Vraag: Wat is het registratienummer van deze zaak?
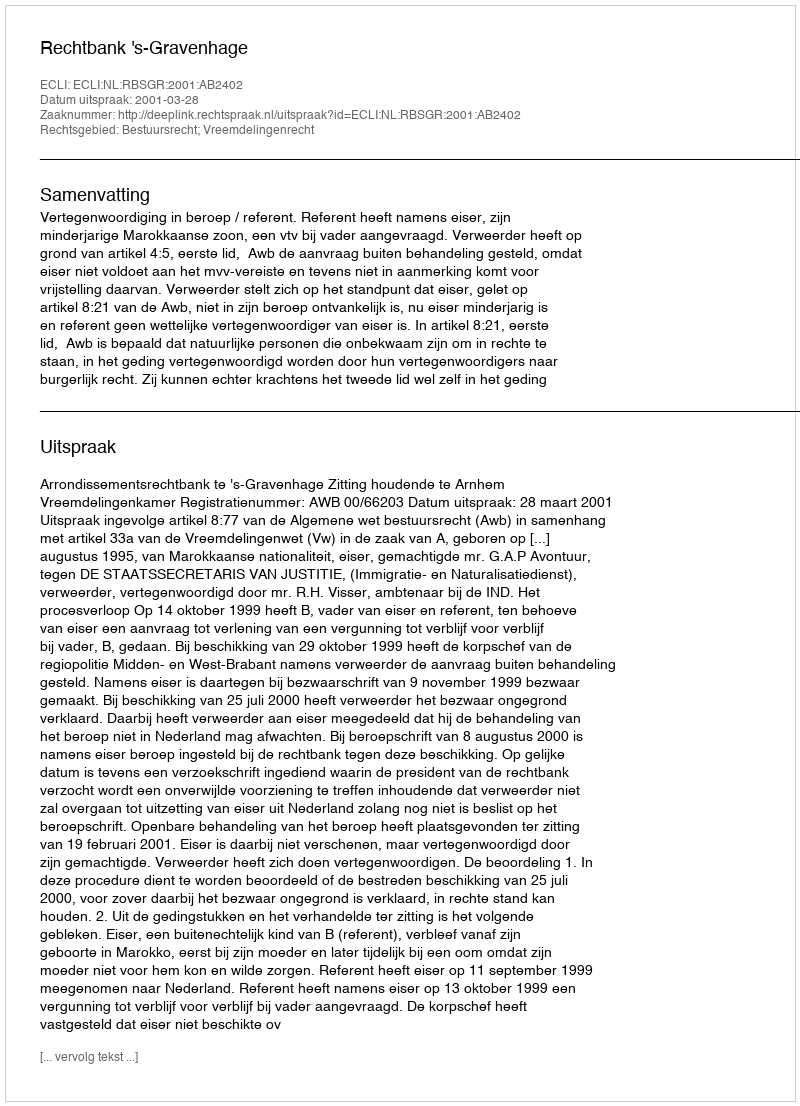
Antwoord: http://deeplink.rechtspraak.nl/uitspraak?id=ECLI:NL:RBSGR:2001:AB2402